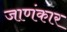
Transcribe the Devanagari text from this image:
जाणंकार